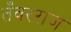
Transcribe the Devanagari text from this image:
तँवरराज